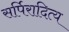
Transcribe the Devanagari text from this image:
सर्पिरादित्य